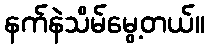
နက်နဲသိမ်မွေ့တယ်။